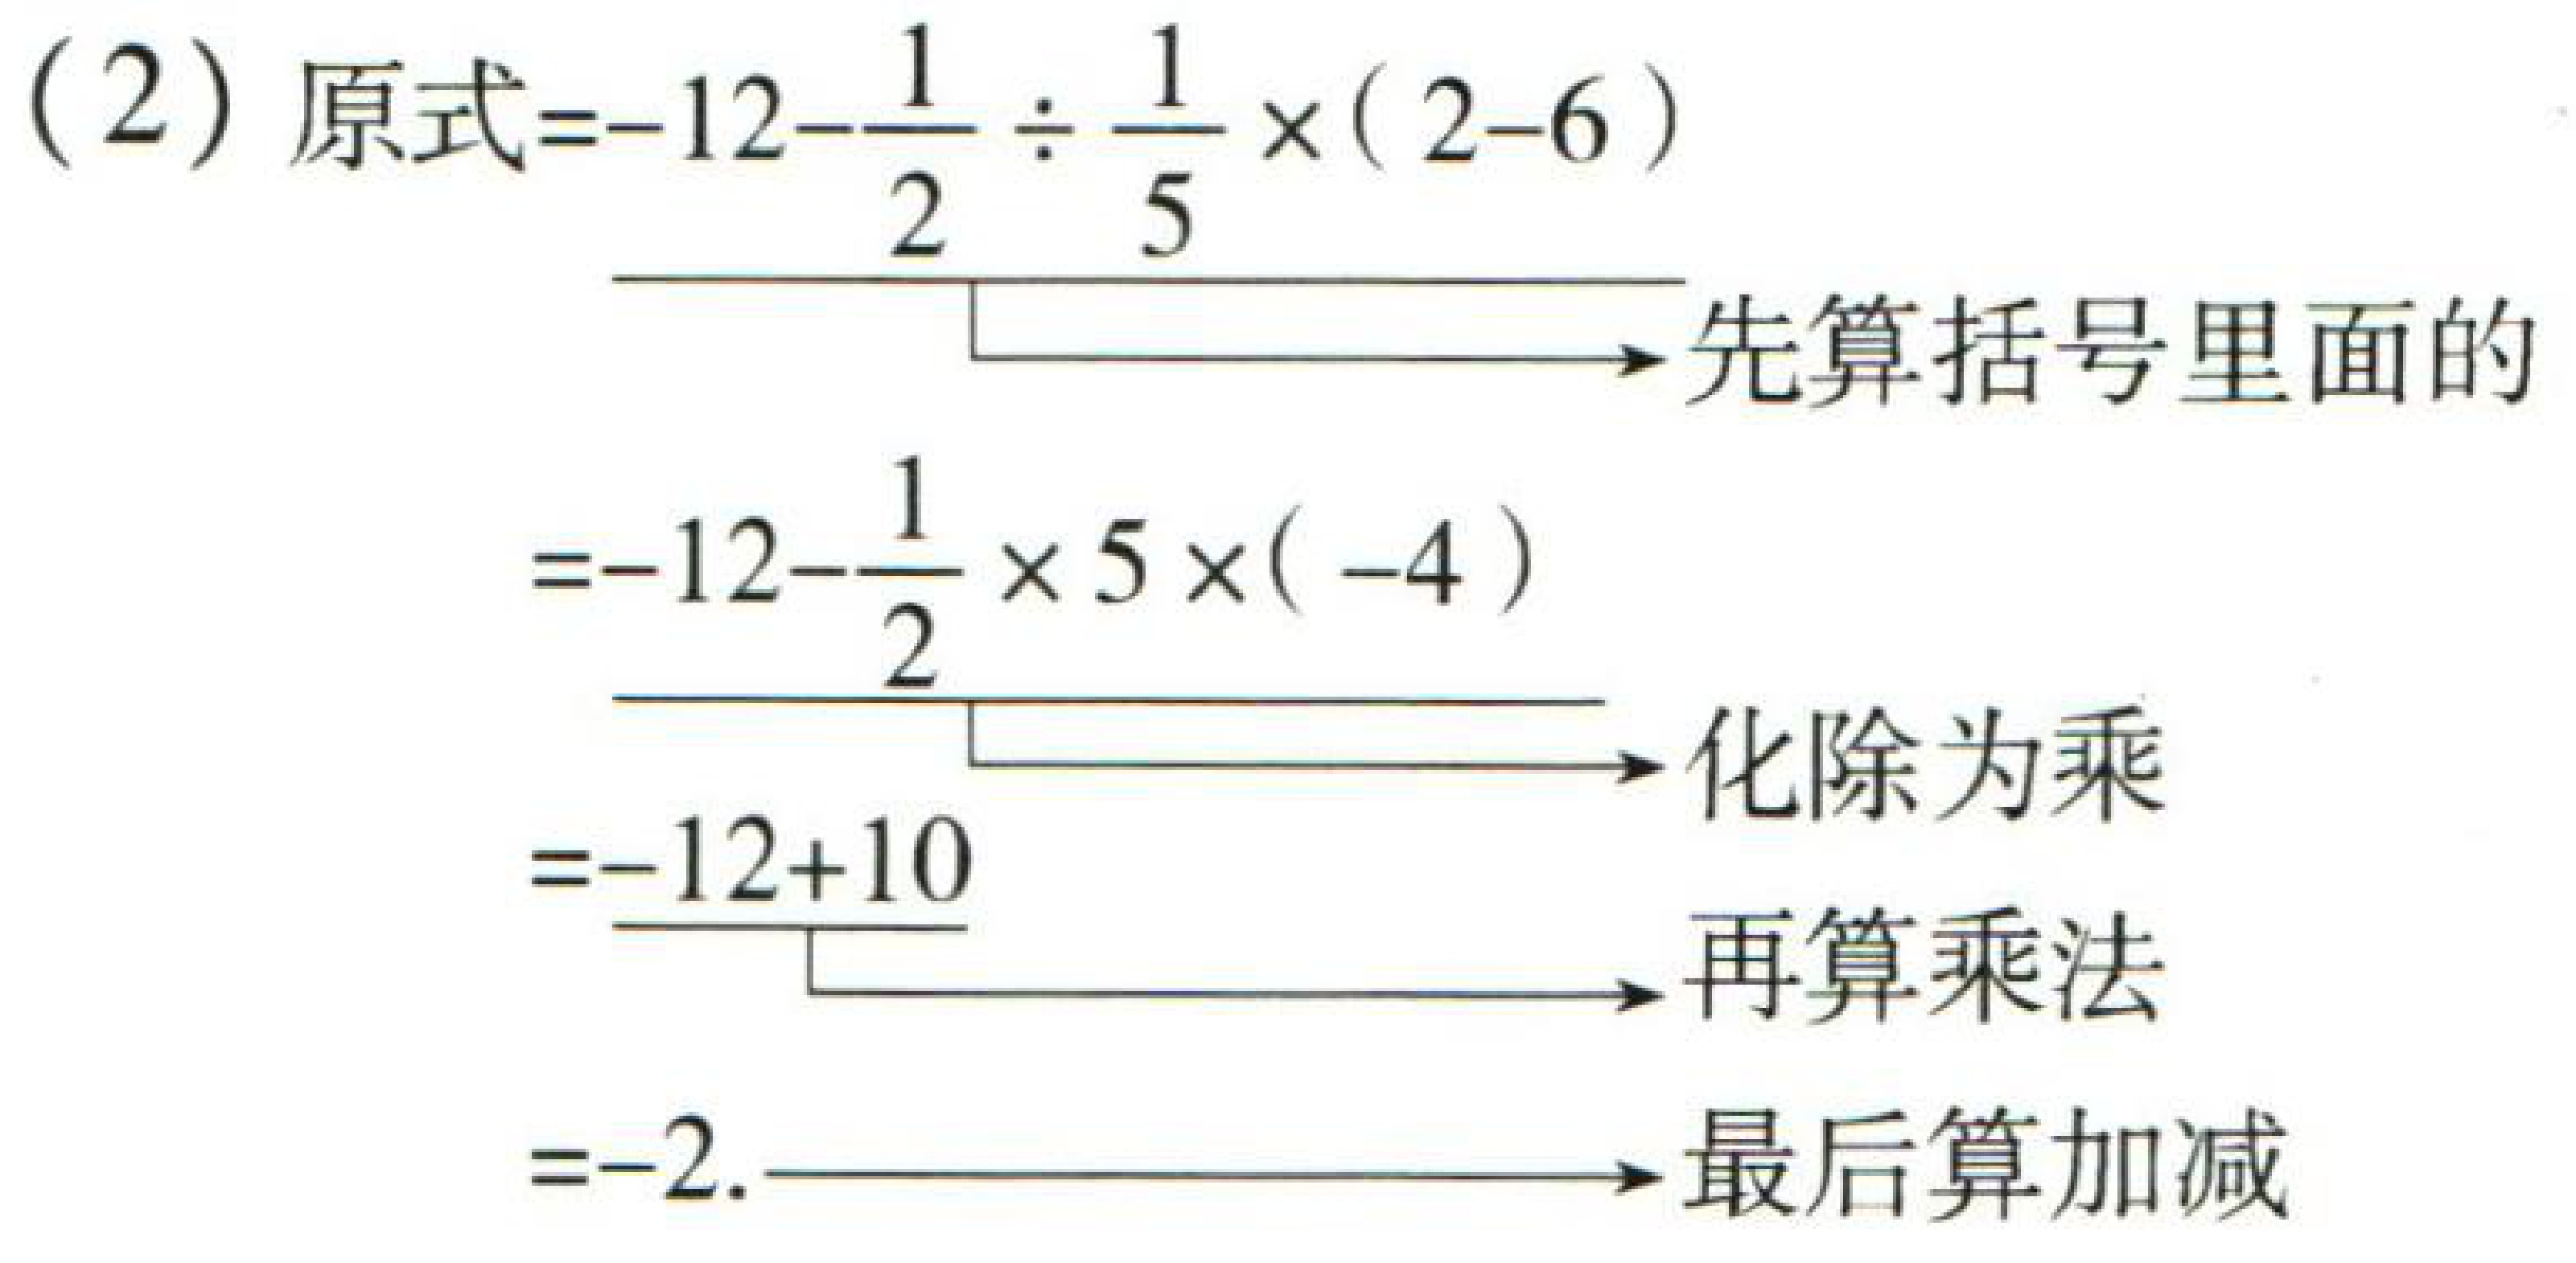
（2）原式\(=-12-\frac{1}{2}\div\frac{1}{5}\times(2 - 6)\)
\(\xrightarrow{先算括号里面的}\)
\(=-12-\frac{1}{2}\times5\times(-4)\)
\(\xrightarrow{化除为乘}\)
\(=-12 + 10\)
\(\xrightarrow{再算乘法}\)
\(=-2\)
\(\xrightarrow{最后算加减}\)